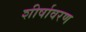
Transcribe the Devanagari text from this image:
शीर्षावरण